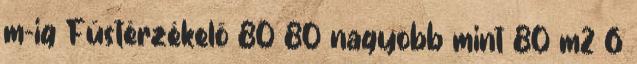
m-ig Füstérzékelõ 80 80 nagyobb mint 80 m2 6